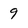
Character: 9